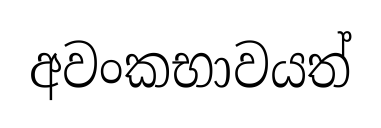
අවංකභාවයත්